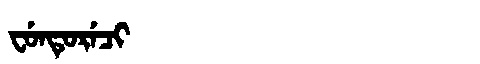
Manchu: ᠸᡠᠨᡨᡠᡵᡝᠴᡳ
Romanization: FUNTURECI